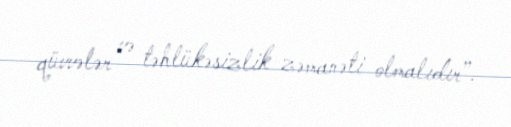
qüvvələr və təhlükəsizlik zəmanəti olmalıdır”.